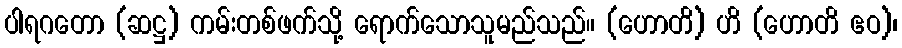
ပါရဂတော (ဆဋ္ဌ) ကမ်းတစ်ဖက်သို့ ရောက်သောသူမည်သည်။ (ဟောတိ) ဟိ (ဟောတိ ဧဝ)၊